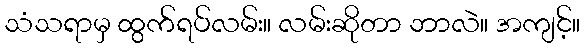
သံသရာမှ ထွက်ရပ်လမ်း။ လမ်းဆိုတာ ဘာလဲ။ အကျင့်။